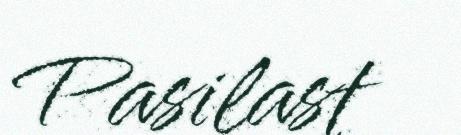
Pasilast